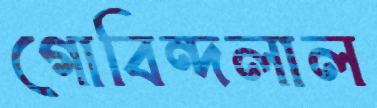
গোবিন্দলাল